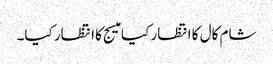
شام کال کا انتظار کیا میسج کا انتظار کیا۔